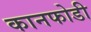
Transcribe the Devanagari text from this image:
कानफोडी